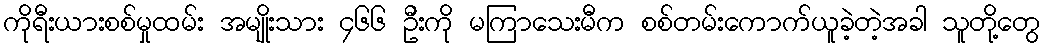
ကိုရီးယားစစ်မှုထမ်း အမျိုးသား ၄၆၆ ဦးကို မကြာသေးမီက စစ်တမ်းကောက်ယူခဲ့တဲ့အခါ သူတို့တွေ